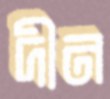
দীন